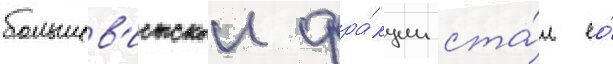
большев'истскои фра́кции ста́л ео́